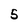
Character: 5